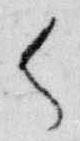
御